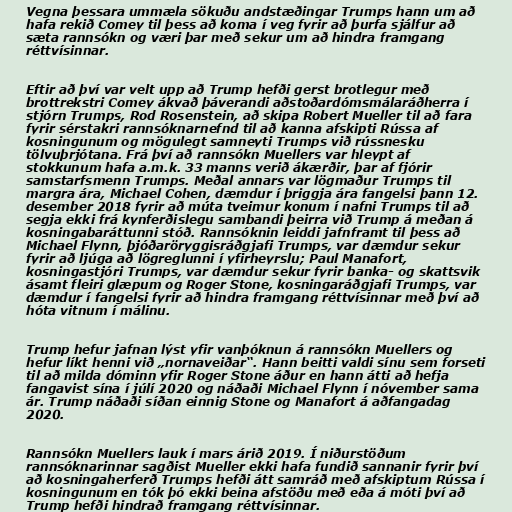
Vegna þessara ummæla sökuðu andstæðingar Trumps hann um að
hafa rekið Comey til þess að koma í veg fyrir að þurfa sjálfur að
sæta rannsókn og væri þar með sekur um að hindra framgang
réttvísinnar.

Eftir að því var velt upp að Trump hefði gerst brotlegur með
brottrekstri Comey ákvað þáverandi aðstoðardómsmálaráðherra í
stjórn Trumps, Rod Rosenstein, að skipa Robert Mueller til að fara
fyrir sérstakri rannsóknarnefnd til að kanna afskipti Rússa af
kosningunum og mögulegt samneyti Trumps við rússnesku
tölvuþrjótana. Frá því að rannsókn Muellers var hleypt af
stokkunum hafa a.m.k. 33 manns verið ákærðir, þar af fjórir
samstarfsmenn Trumps. Meðal annars var lögmaður Trumps til
margra ára, Michael Cohen, dæmdur í þriggja ára fangelsi þann 12.
desember 2018 fyrir að múta tveimur konum í nafni Trumps til að
segja ekki frá kynferðislegu sambandi þeirra við Trump á meðan á
kosningabaráttunni stóð. Rannsóknin leiddi jafnframt til þess að
Michael Flynn, þjóðaröryggisráðgjafi Trumps, var dæmdur sekur
fyrir að ljúga að lögreglunni í yfirheyrslu; Paul Manafort,
kosningastjóri Trumps, var dæmdur sekur fyrir banka- og skattsvik
ásamt fleiri glæpum og Roger Stone, kosningaráðgjafi Trumps, var
dæmdur í fangelsi fyrir að hindra framgang réttvísinnar með því að
hóta vitnum í málinu.

Trump hefur jafnan lýst yfir vanþóknun á rannsókn Muellers og
hefur líkt henni við „nornaveiðar“. Hann beitti valdi sínu sem forseti
til að milda dóminn yfir Roger Stone áður en hann átti að hefja
fangavist sína í júlí 2020 og náðaði Michael Flynn í nóvember sama
ár. Trump náðaði síðan einnig Stone og Manafort á aðfangadag
2020.

Rannsókn Muellers lauk í mars árið 2019. Í niðurstöðum
rannsóknarinnar sagðist Mueller ekki hafa fundið sannanir fyrir því
að kosningaherferð Trumps hefði átt samráð með afskiptum Rússa í
kosningunum en tók þó ekki beina afstöðu með eða á móti því að
Trump hefði hindrað framgang réttvísinnar.